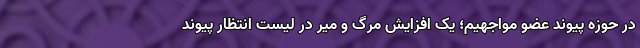
در حوزه پیوند عضو مواجهیم؛ یک افزایش مرگ و میر در لیست انتظار پیوند